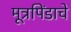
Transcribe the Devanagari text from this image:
मूत्रपिंडाचे